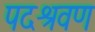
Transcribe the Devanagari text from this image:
पदश्रवण